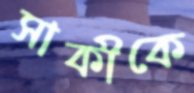
সাকীকে